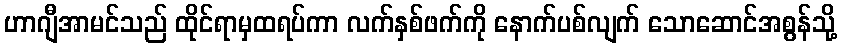
ဟာဂျီအာမင်သည် ထိုင်ရာမှထရပ်ကာ လက်နှစ်ဖက်ကို နောက်ပစ်လျက် သောဆောင်အစွန်သို့